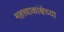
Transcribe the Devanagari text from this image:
महत्त्वाकांक्षेच्या